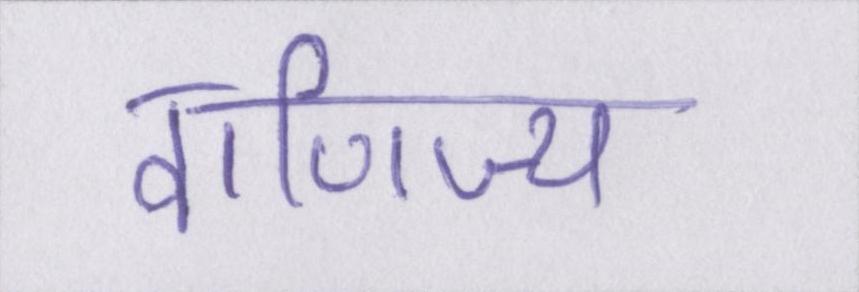
वाणिज्य